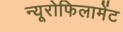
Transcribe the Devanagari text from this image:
न्यूरोफिलामेंट